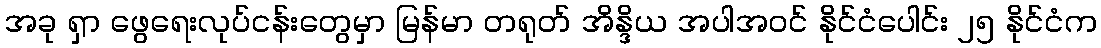
အခု ရှာ ဖွေရေးလုပ်ငန်းတွေမှာ မြန်မာ တရုတ် အိန္ဒိယ အပါအဝင် နိုင်ငံပေါင်း ၂၅ နိုင်ငံက